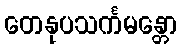
တေနုပသင်္ကမန္တော